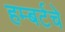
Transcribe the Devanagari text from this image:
हम्बर्टचे